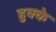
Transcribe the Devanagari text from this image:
हुक्‍के